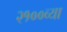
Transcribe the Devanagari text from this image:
२१००व्या